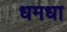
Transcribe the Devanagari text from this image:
धमधा